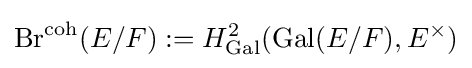
{\text{Br}}^{\text{coh}}(E/F):=H_{\text{Gal}}^{2}({\text{Gal}}(E/F),E^{\times })